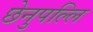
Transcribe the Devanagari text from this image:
छेनुपल्लि